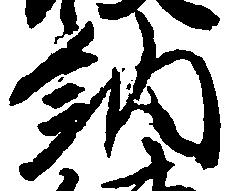
納